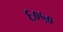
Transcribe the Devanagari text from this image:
६०५०